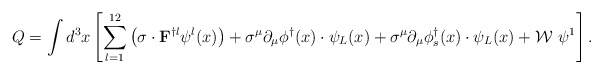
\begin{align*}Q=\int d^3 x \left [ \sum_{l=1}^{12}\left ( {\mathbf{\sigma}}\cdot {\bf F}^{\dagger l}\psi^l(x) \right )+\sigma^{\mu}\partial_{\mu}\phi^{\dagger}(x)\cdot\psi_L(x) +\sigma^{\mu}\partial_{\mu}\phi_s^{\dagger}(x)\cdot \psi_L(x) + \mathcal{W}~\psi^1 \right ].\end{align*}